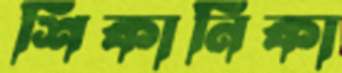
শিকানিকা